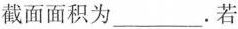
截面面积为___.若